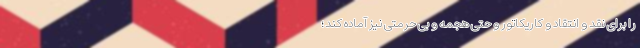
را برای نقد و انتقاد و کاریکاتور و حتی هجمه و بی حرمتی نیز آماده کند؛